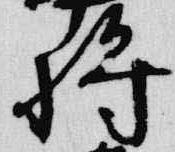
将